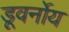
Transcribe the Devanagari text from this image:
डूवर्नोय